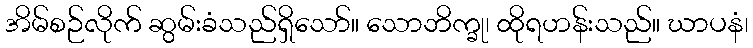
အိမ်စဉ်လိုက် ဆွမ်းခံသည်ရှိသော်။ သောဘိက္ခု၊ ထိုရဟန်းသည်။ ဃာပနံ၊